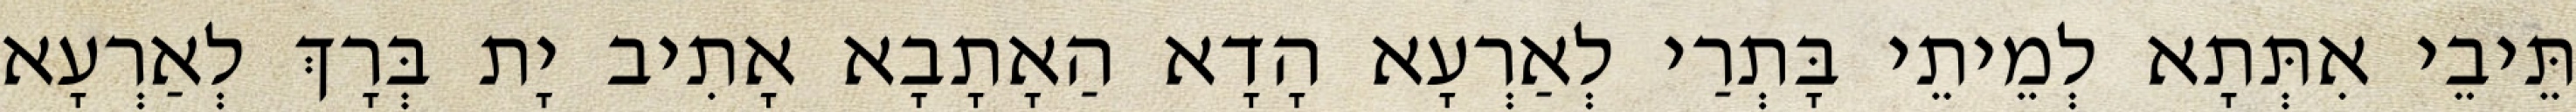
תֵּיבֵי אִתְּתָא לְמֵיתֵי בָּתְרַי לְאַרְעָא הָדָא הַאָתָבָא אָתִיב יָת בְּרָךְ לְאַרְעָא